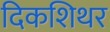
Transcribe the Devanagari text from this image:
दिकशिथर